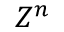
Z ^ { n }